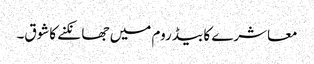
معاشرے کا بیڈ روم میں جھانکنے کاشوق۔